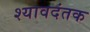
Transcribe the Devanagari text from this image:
श्यावदंतक